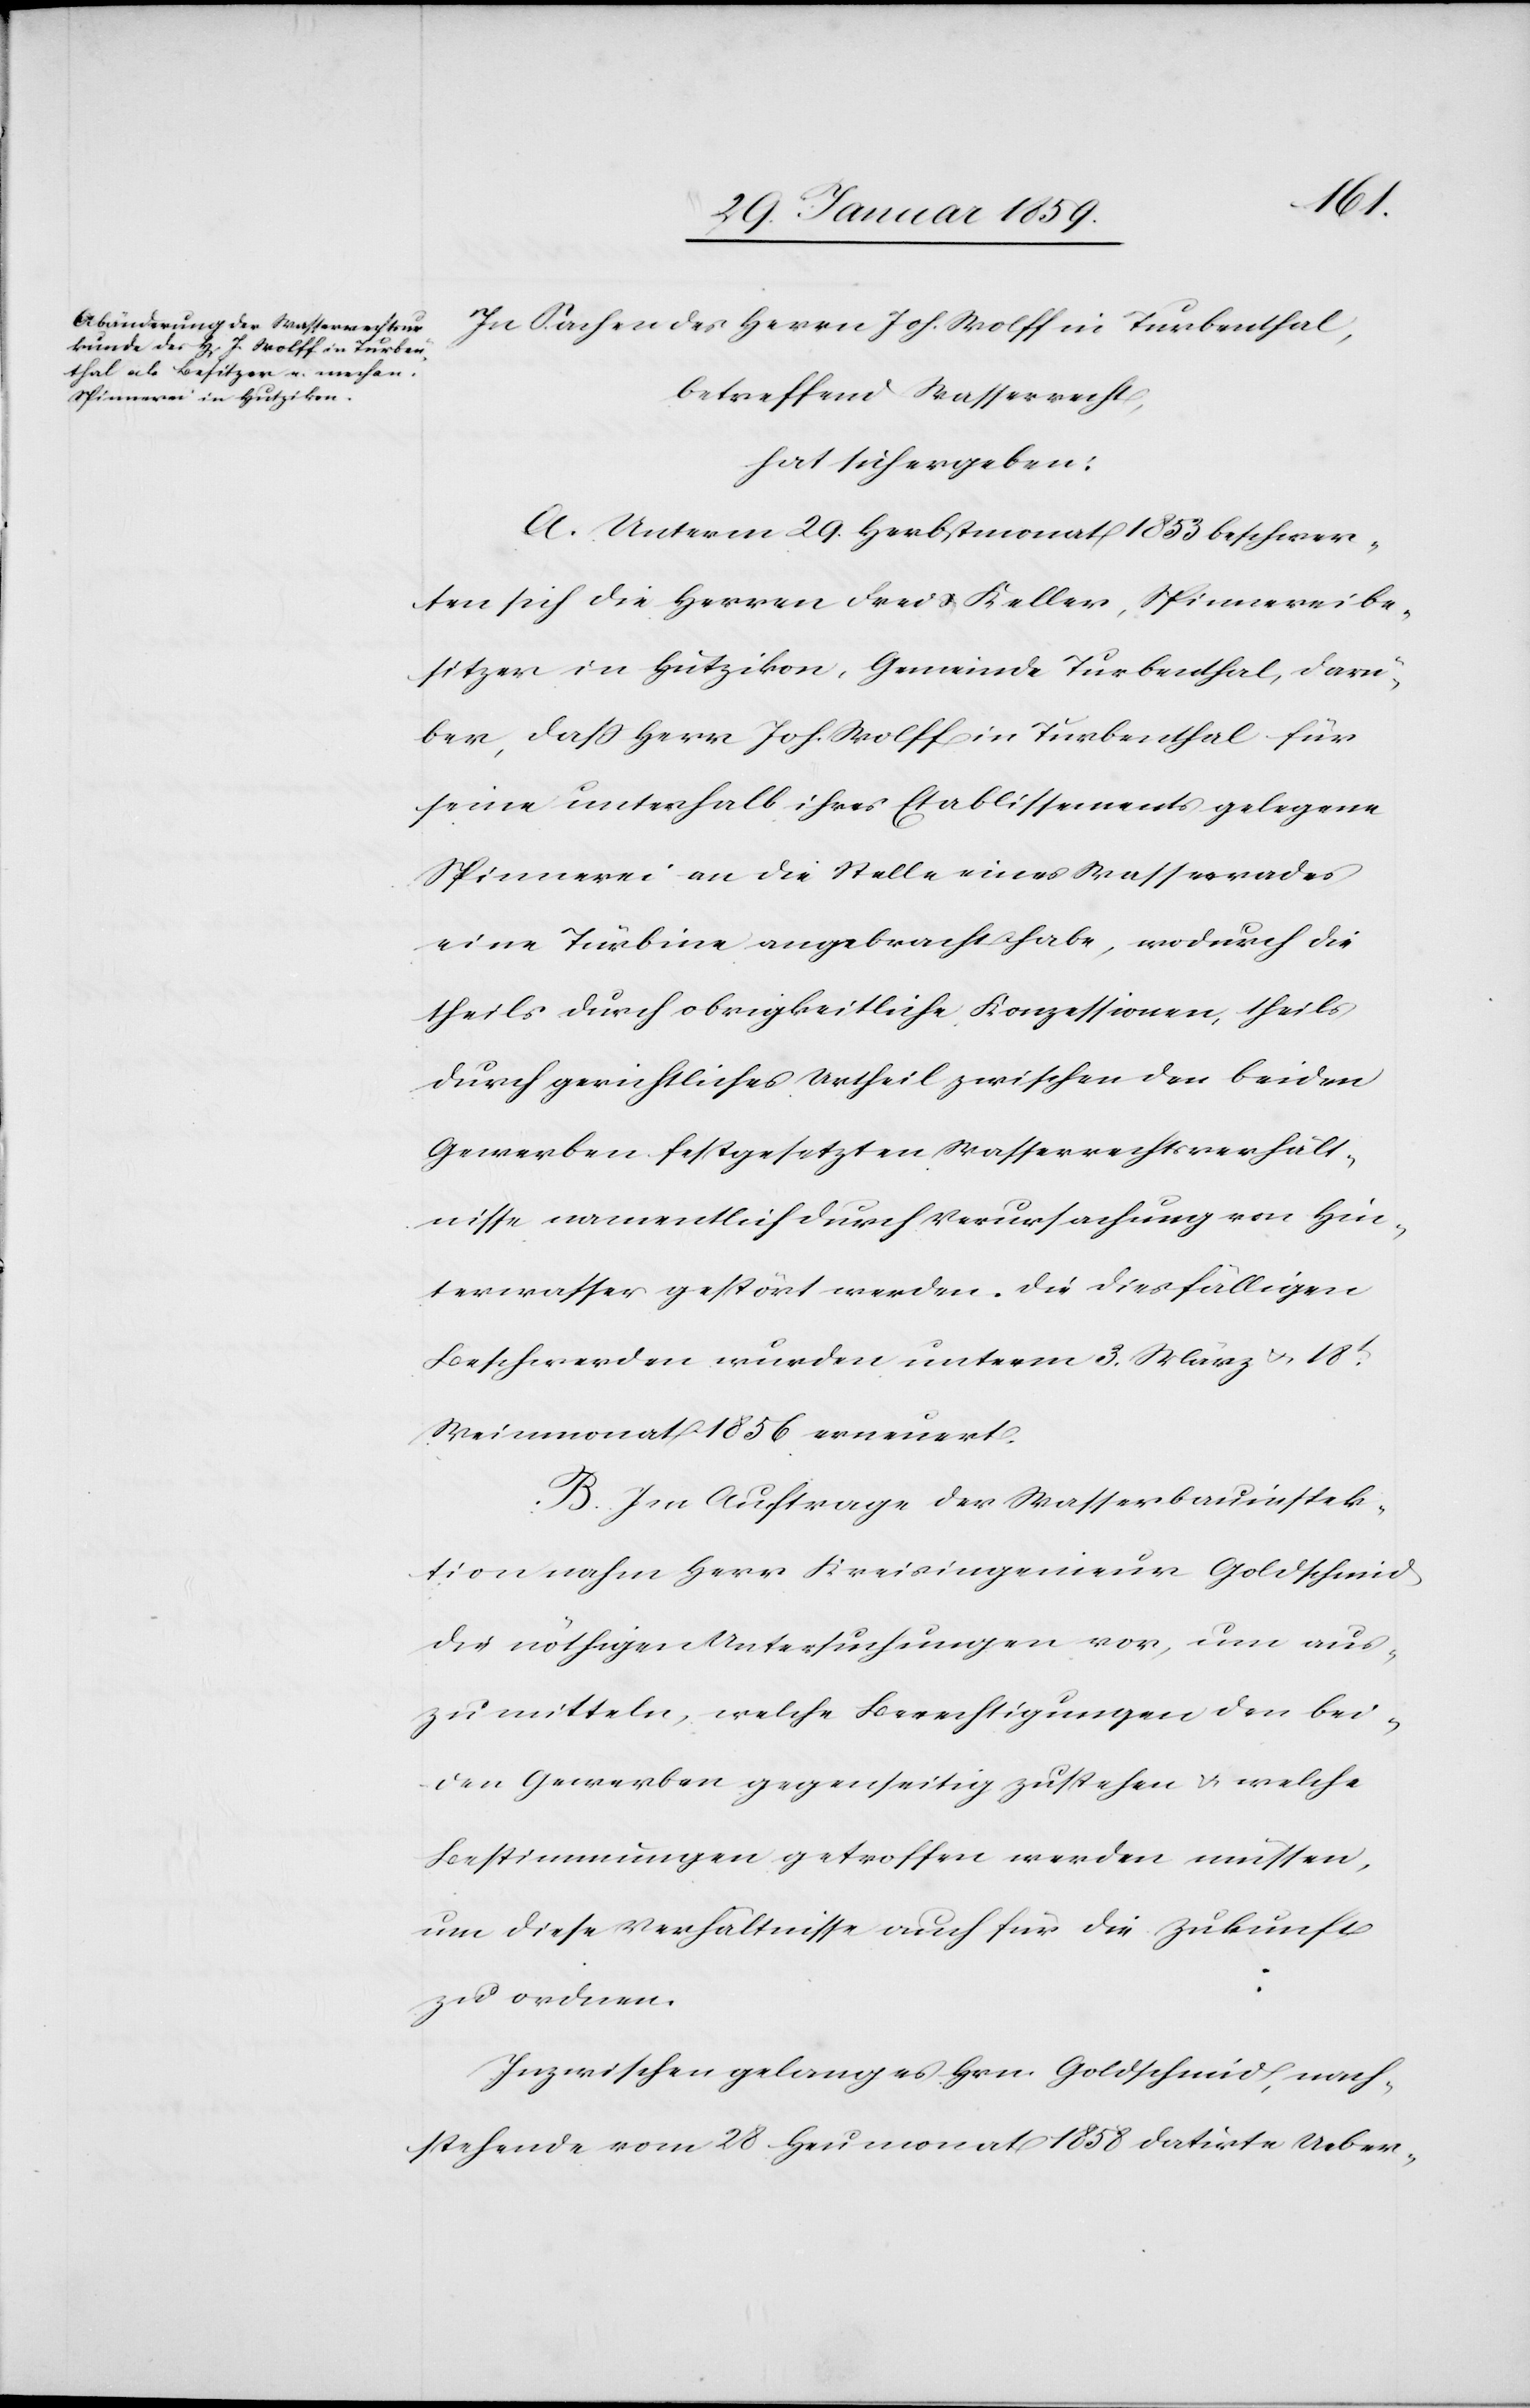
In Sachen des Herrn Joh. Wolff in Turbenthal,
betreffend Wasserrecht,
hat sich ergeben:
A. Unterm 29. Herbstmonat 1853 beschwer¬
ten sich die Herren Frei u. Keller, Spinnereibe¬
sitzer in Hutzikon, Gemeinde Turbenthal, darü¬
ber, daß Herr Joh. Wolff in Turbenthal für
seine unterhalb ihres Etablissements gelegene
Spinnerei an die Stelle eines Wasserrades
eine Turbine angebracht habe, wodurch die
theils durch obrigkeitliche Konzessionen, theils
durch gerichtliches Urtheil zwischen den beiden
Gewerben festgesetzten Wasserrechtsverhält¬
nisse namentlich durch Verursachung von Hin¬
terwasser gestört werden. Die diesfälligen
Beschwerden wurden unterm 3. März u. 18t.
Weinmonat 1856 erneuert.
B. Im Auftrag der Wasserbauinspek¬
tion nahm Herr Kreisingenieur Goldschmid
die nöthigen Untersuchungen vor, um aus¬
zumitteln, welche Berechtigungen den bei¬
den Gewerben gegenseitig zustehen u. welche
Bestimmungen getroffen werden müssen,
um diese Verhältnisse auch für die Zukunft
zu ordnen.
Inzwischen gelang es Hrn. Goldschmid, nach¬
stehende vom 28. Heumonat 1858 datirte Ueber-